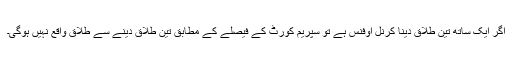
اگر ایک ساتھ تین طلاق دینا کرنل اوفنس ہے تو سپریم کورٹ کے فیصلے کے مطابق تین طلاق دینے سے طلاق واقع نہیں ہوگی۔